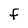
Character: F